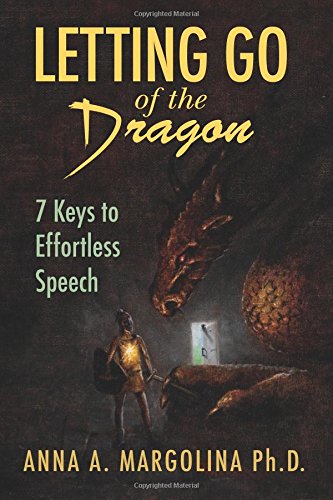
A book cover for Letting Go of the Dragon: 7 Keys to Effortless Speech; Anna A. Margolina Ph.D.; Self-Help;